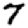
Digit: 7